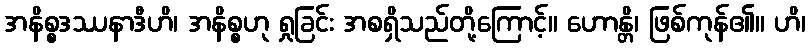
အနိစ္စဒဿနာဒီဟိ၊ အနိစ္စဟု ရှုခြင်း အစရှိသည်တို့ကြောင့်။ ဟောန္တိ၊ ဖြစ်ကုန်၏။ ဟိ၊